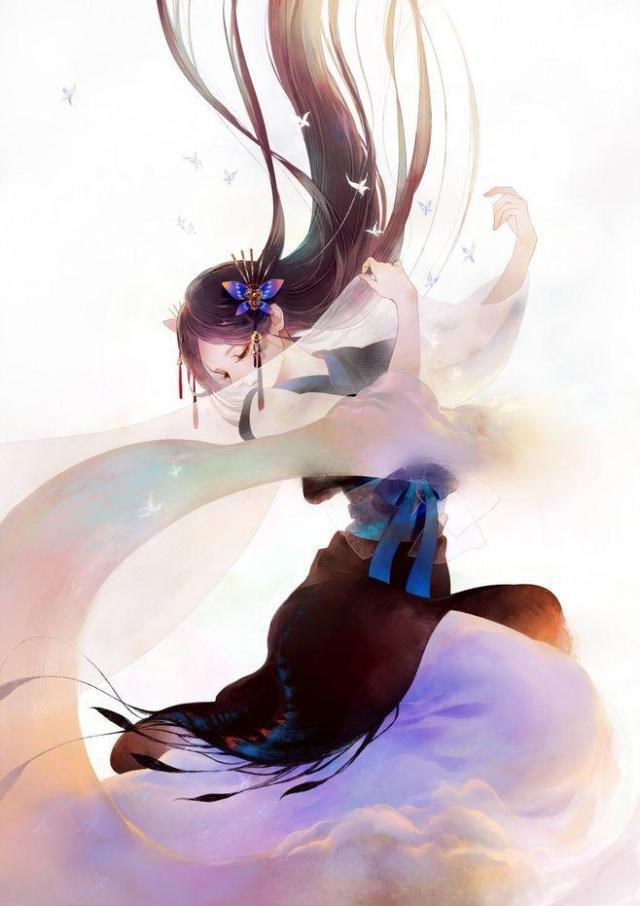
那堪更被明月，隔墙送过秋千影。